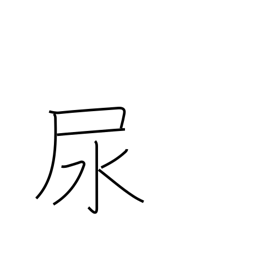
Meaning: urine